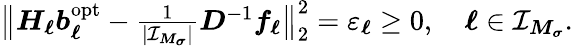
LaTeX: \begin{array}{r}{\big\| \boldsymbol H_{\boldsymbol\ell}\boldsymbol b_{\boldsymbol\ell}^{\mathrm{opt}}-\frac{1}{|\mathcal I_{\boldsymbol M_{\boldsymbol\sigma}}|}\boldsymbol D^{-1}\boldsymbol f_{\boldsymbol\ell}\big\| _{2}^{2}=\varepsilon_{\boldsymbol\ell}\geq 0,\quad\boldsymbol\ell\in\mathcal I_{\boldsymbol M_{\boldsymbol\sigma}}.}\end{array}